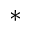
^ { * }